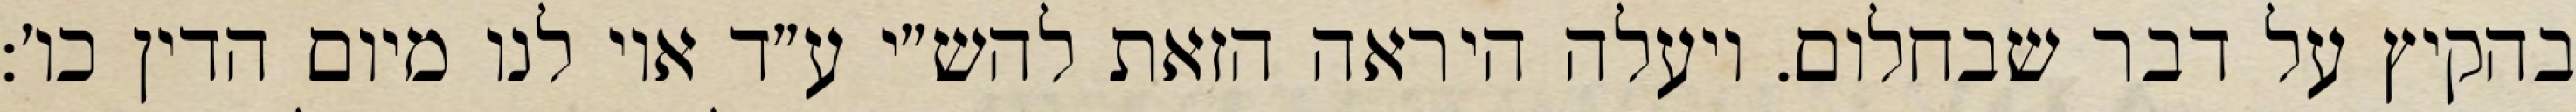
בהקיץ על דבר שבחלום. ויעלה היראה הזאת להש״י ע״ד אוי לנו מיום הדין כו׳: